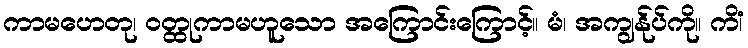
ကာမဟေတု၊ ဝတ္ထုကာမဟူသော အကြောင်းကြောင့်။ မံ၊ အကျွန်ုပ်ကို။ ကိံ၊